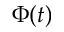
\Phi ( t )